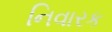
નિવારક